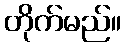
တိုက်မည်။